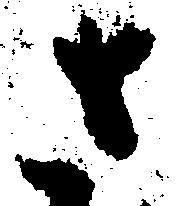
さ